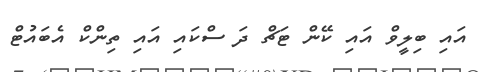
އައި ބިލީވް އައި ކޭން ޓަޗް ދަ ސްކައި އައި ތިންކް އެބައުޓް